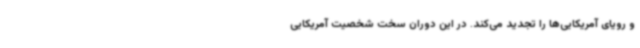
و رویای آمریکایی‌ها را تجدید می‌کند. در این دوران سخت شخصیت آمریکایی